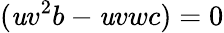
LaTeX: (\mathit{u}v^{2}b-\mathit{u}vwc)=0